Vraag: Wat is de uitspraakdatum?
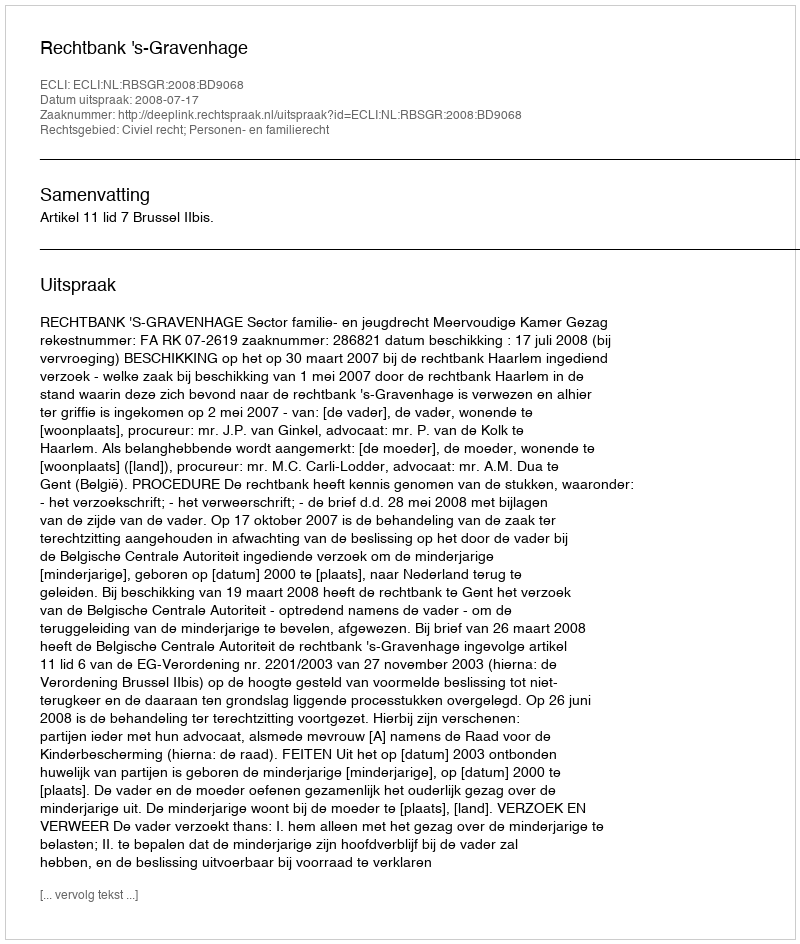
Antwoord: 2008-07-17